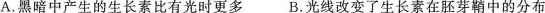
A.黑暗中产生的生长素比有光时更多 B.光线改变了生长素在胚芽鞘中的分布